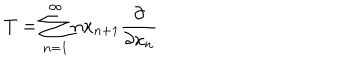
T = \sum _ { n = 1 } ^ { \infty } n x _ { n + 1 } \frac { \partial } { \partial x _ { n } }